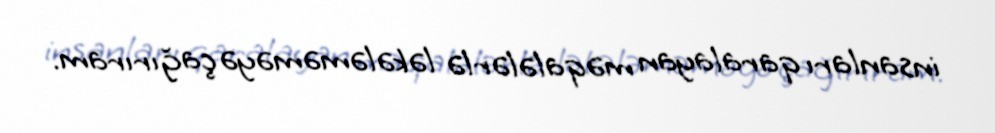
insanları qaralayan məqalələrlə ləkələməməyə çağırıram.